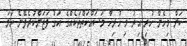
ކަން މިހެން ހުރި އިރު މި ހުރިހާ މަސައްކަތްތަކެއްގެ އަގުު ވަޒަންކުރެވޭނެ ހަމަ